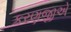
કરણજીએ